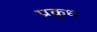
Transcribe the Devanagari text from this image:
प्रक्रुध